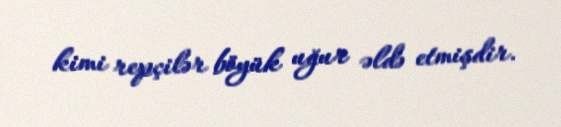
kimi repçilər böyük uğur əldə etmişdir.